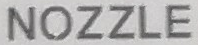
NOZZLE